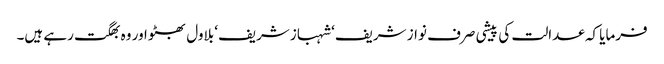
فرمایا کہ عدالت کی پیشی صرف نواز شریف‘ شہباز شریف‘ بلاول بھٹو اور وہ بھگت رہے ہیں۔